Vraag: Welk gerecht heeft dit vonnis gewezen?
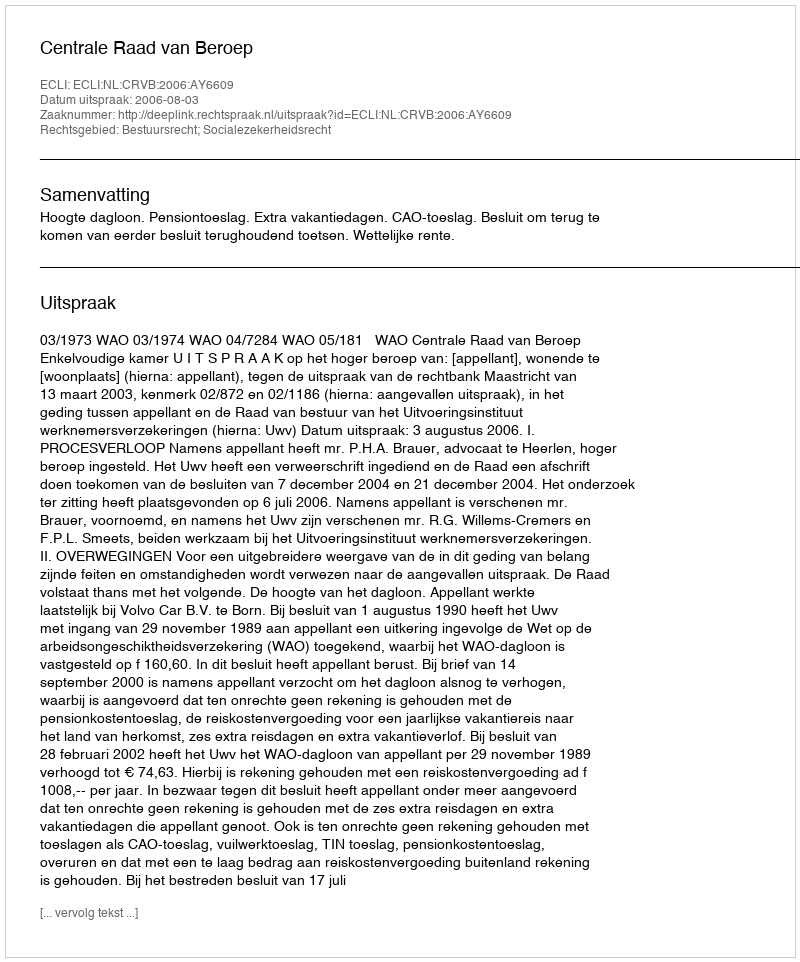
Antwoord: Centrale Raad van Beroep